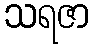
သရဇာ